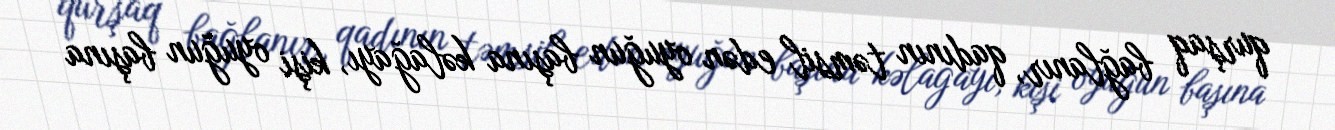
qurşaq bağlanır, qadının təmsil edən oyuğun başına kəlağayı, kişi oyuğun başına